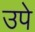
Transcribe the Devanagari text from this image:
उपे